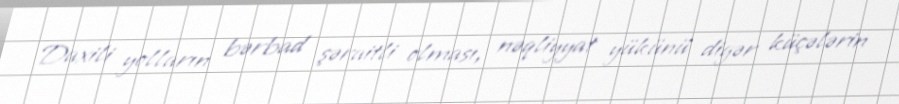
Daxili yolların bərbad şəraitli olması, nəqliyyat yükünü digər küçələrin